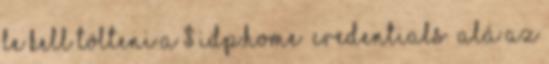
Le kell tölteni a $ idp.home credentials alá az